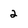
Character: 2